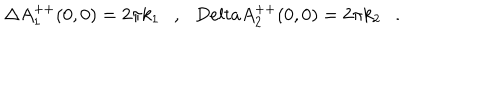
LaTeX: \Delta A _ { 1 } ^ { + + } ( 0 , 0 ) = 2 \pi k _ { 1 } \ \ \ , \ \ \, D e l t a A _ { 2 } ^ { + + } ( 0 , 0 ) = 2 \pi k _ { 2 } \ \ \ .